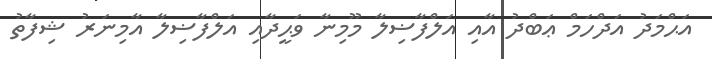
އަޙްމަދު އަދްހަމް ޢަބްދު އާއި އަލްފާޟިލާ މޫމިނާ ވަޙީދާއި އަލްފާޟިލާ އާމިނަރު ޝިފާތު